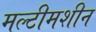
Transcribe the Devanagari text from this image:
मल्टीमशीन